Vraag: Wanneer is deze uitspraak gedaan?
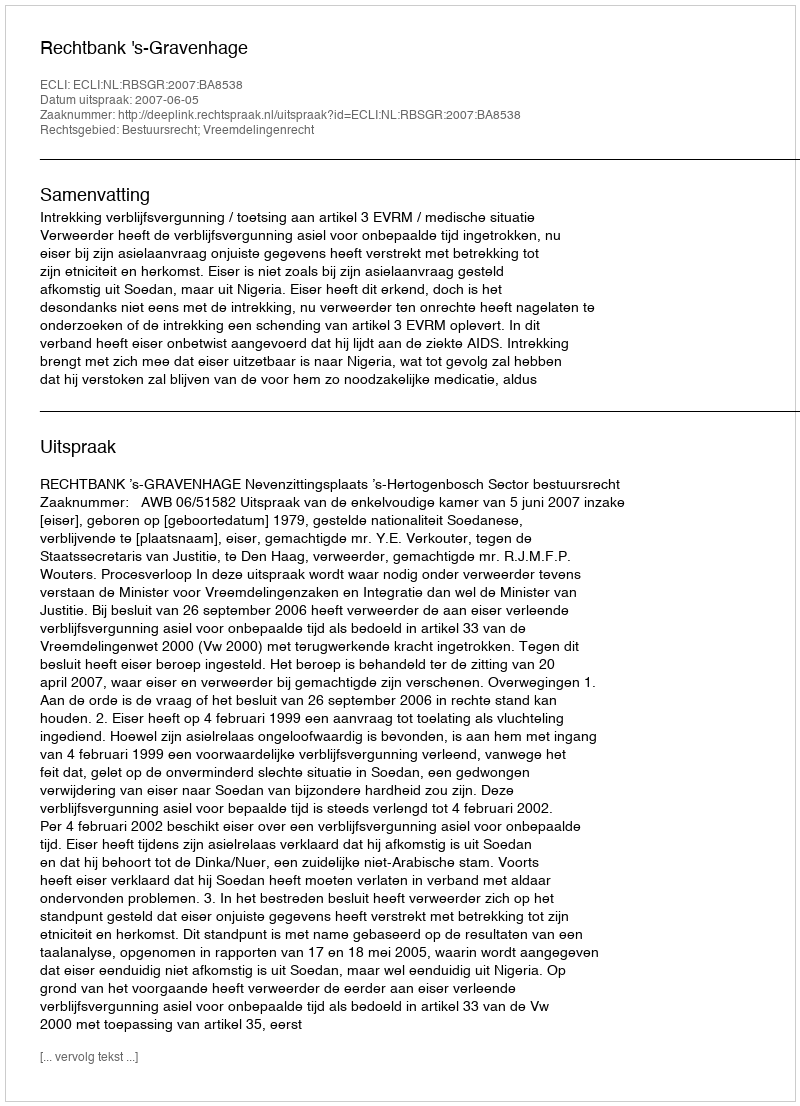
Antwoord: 2007-06-05